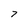
Character: 7